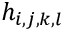
h _ { i , j , k , l }